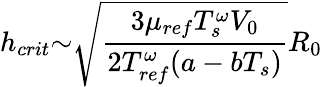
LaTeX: h_{crit}{\sim}\sqrt{\frac{3{\mu}_{ref}T_{s}^{\omega}V_{0}}{2{T_{ref}^{\omega}}(a-bT_{s})}}R_{0}